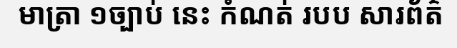
មាត្រា ១ច្បាប់ នេះ កំណត់ របប សារព័ត៌